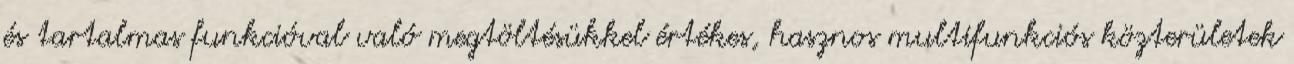
és tartalmas funkcióval való megtöltésükkel értékes, hasznos multifunkciós közterületek